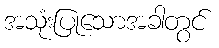
အသုံးပြုသောအခါတွင်